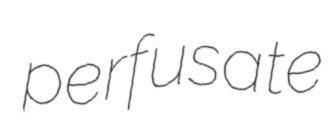
perfusate